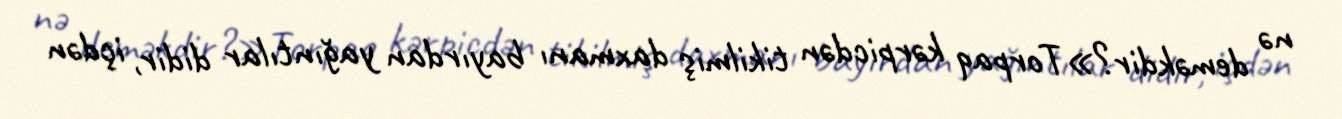
nə deməkdir?»Torpaq kərpicdən tikilmiş daxmanı bayırdan yağıntılar didir, içdən